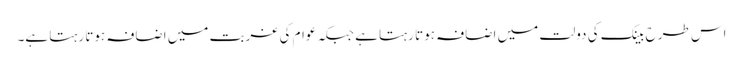
اس طرح بینک کی دولت میں اضافہ ہوتا رہتا ہے جبکہ عوام کی غربت میں اضافہ ہوتا رہتا ہے۔